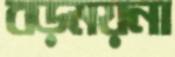
বড়ময়না